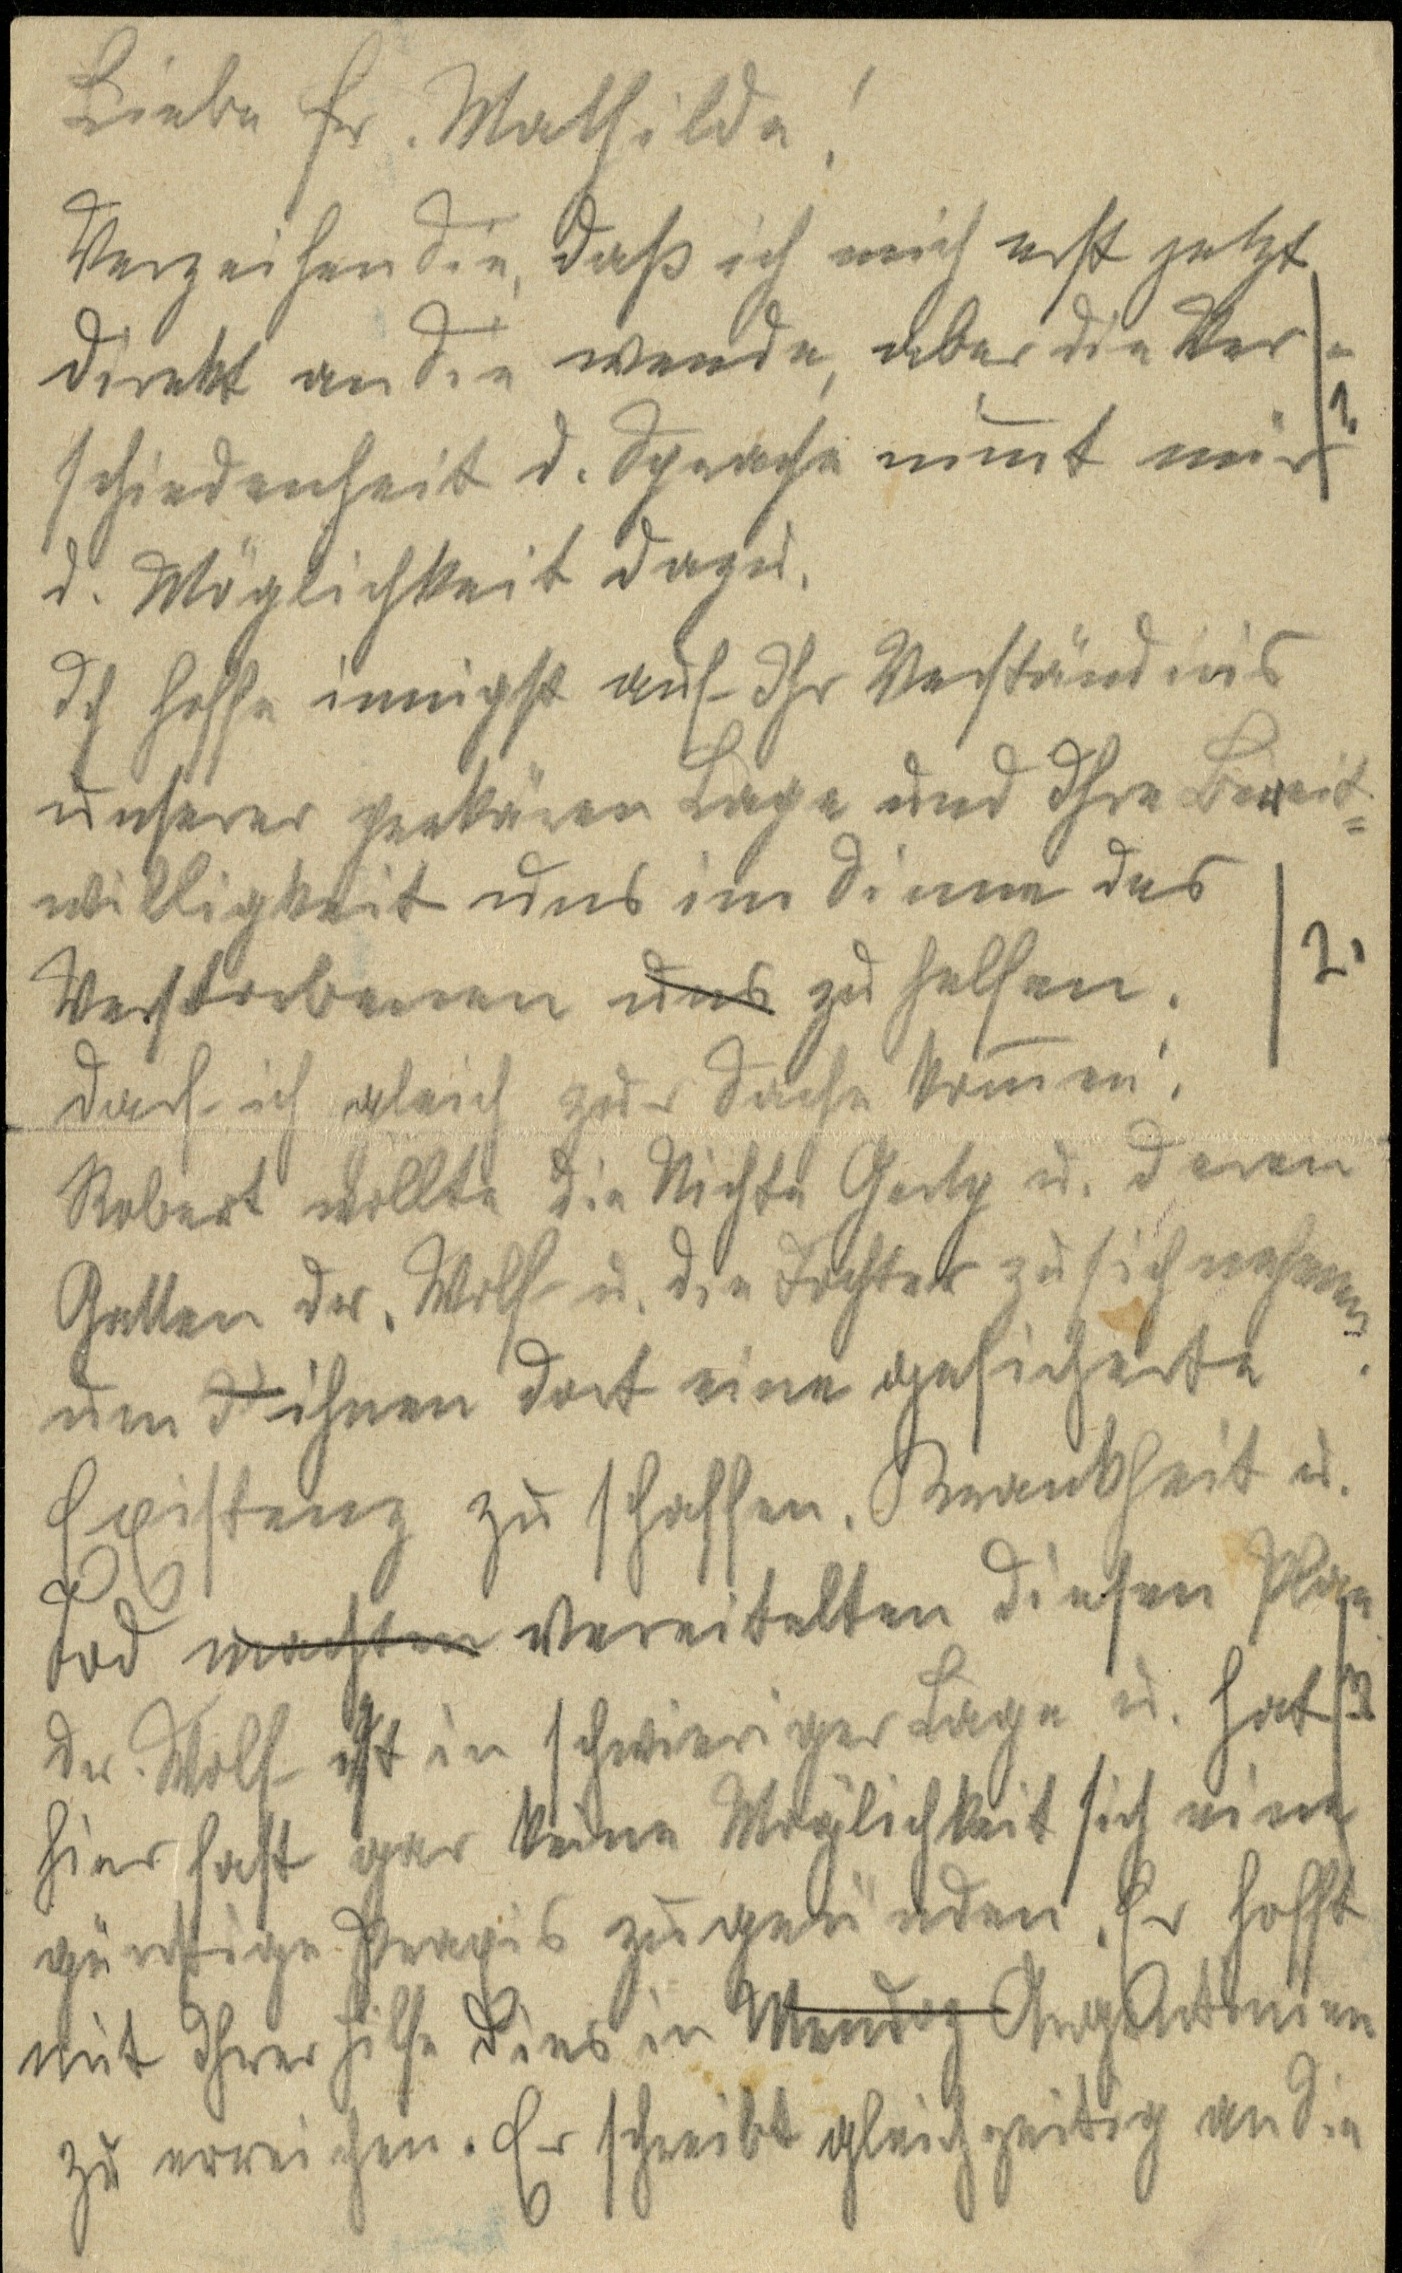
Liebe Fr. Mathilda!
Verzeihen Sie, dass ich mich erst jetzt
direkt an Sie wende, aber die Ver¬
schiedenheit d. Sprache nimmt mir
d. Möglichkeit dazu.
Ich hoffe innigst auf Ihr Verständnis
unserer prekären Lage und ihre Bereit¬
willigkeit uns im Sinne des
Verstorbenen uns zu helfen.
Darf ich gleich zur Sache kommen:
Robert wollte die Nichte Gerty u. deren
Gatten Dr. Wolf u. die Tochter zu sich nehmen
um I ihnen dort eine gesicherte
Existenz zu schaffen. Krankheit u.
Tod machten vereitelten diesen Plan
Dr. Wolf ist in schwieriger Lage u. hat
hier fast gar keine Möglichkeit sich eine
günstige Praxis zu zu gründen. Er hofft
mit Ihrer Hilfe dies in Mendoz Argentinien
zu erreichen. Er schreibt gleichzeitig an Sie

1.

2.

3.